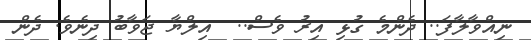
ނިއްވާލާފަ.. ދެންމެ ގުޅި އިރު ވެސް..  އިލްޔާ ޖަވާބު ދިނެވެ. ދެން